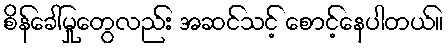
စိန်ခေါ်မှုတွေလည်း အဆင်သင့် စောင့်နေပါတယ်။